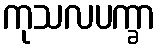
ကုသလပက္ခာ